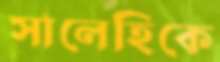
সালেহিকে